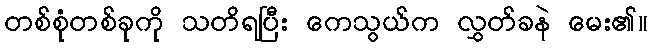
တစ်စုံတစ်ခုကို သတိရပြီး ကေသွယ်က လွှတ်ခနဲ မေး၏။